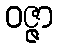
ဝဇ္ဇာ